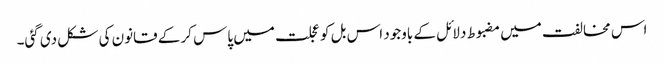
اس مخالفت میں مضبوط دلائل کے باوجود اس بل کو عجلت میں پاس کر کے قانون کی شکل دی گئی۔